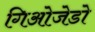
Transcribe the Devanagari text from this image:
गिओजेडो